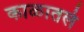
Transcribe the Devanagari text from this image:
काळातलं